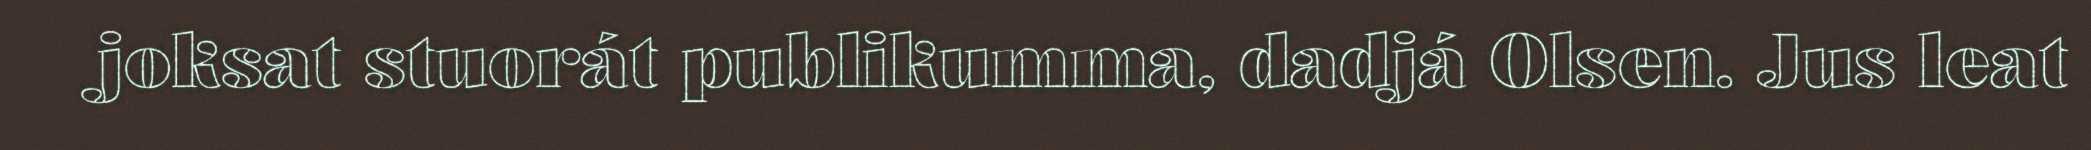
joksat stuorát publikumma, dadjá Olsen. Jus leat